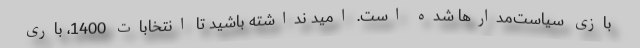
بازی سیاست‌مدارها شده است. امید نداشته باشید تا انتخابات 1400، باری